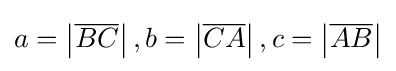
a=\left|{\overline {BC}}\right|,b=\left|{\overline {CA}}\right|,c=\left|{\overline {AB}}\right|